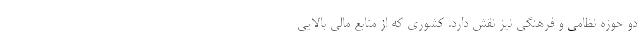
دو حوزه نظامی و فرهنگی نیز نقش دارد. کشوری که از منابع مالی بالایی